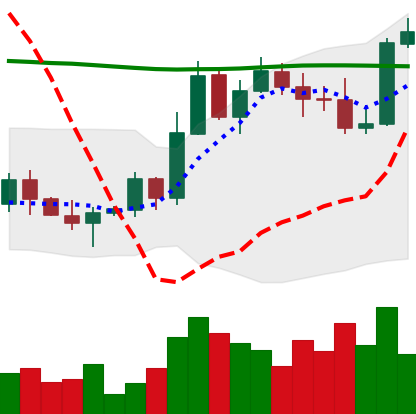
Ticker: BTC-USD
Chart end date: 2022-11-05
Forward return: -17.366%
Label: down_7plus